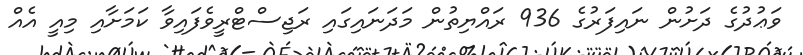
ވަޢުދުގެ ދަށުން ނައިފަރުގެ 936 ރައްޔިތުން މަދަނައިގައި ރަޖިސްޓްރީވެފައިވާ ކަމަށާއި މިއީ އެއް